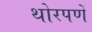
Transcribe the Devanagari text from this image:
थोरपणें